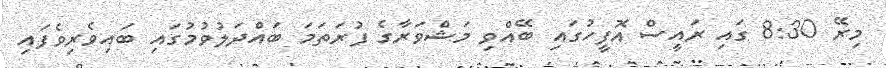
މިރޭ 8:30 ގައި ރައީސް އޮފީހުގައި ބޭއްވި މަޝްވަރާގެ ފުރަތަމަ ބައްދަލުވުމުގައި ބައިވެރިވެފައި